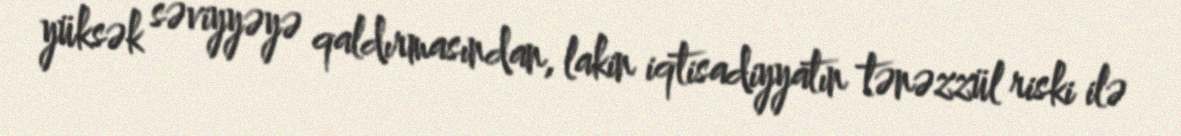
yüksək səviyyəyə qaldırmasından, lakin iqtisadiyyatın tənəzzül riski ilə